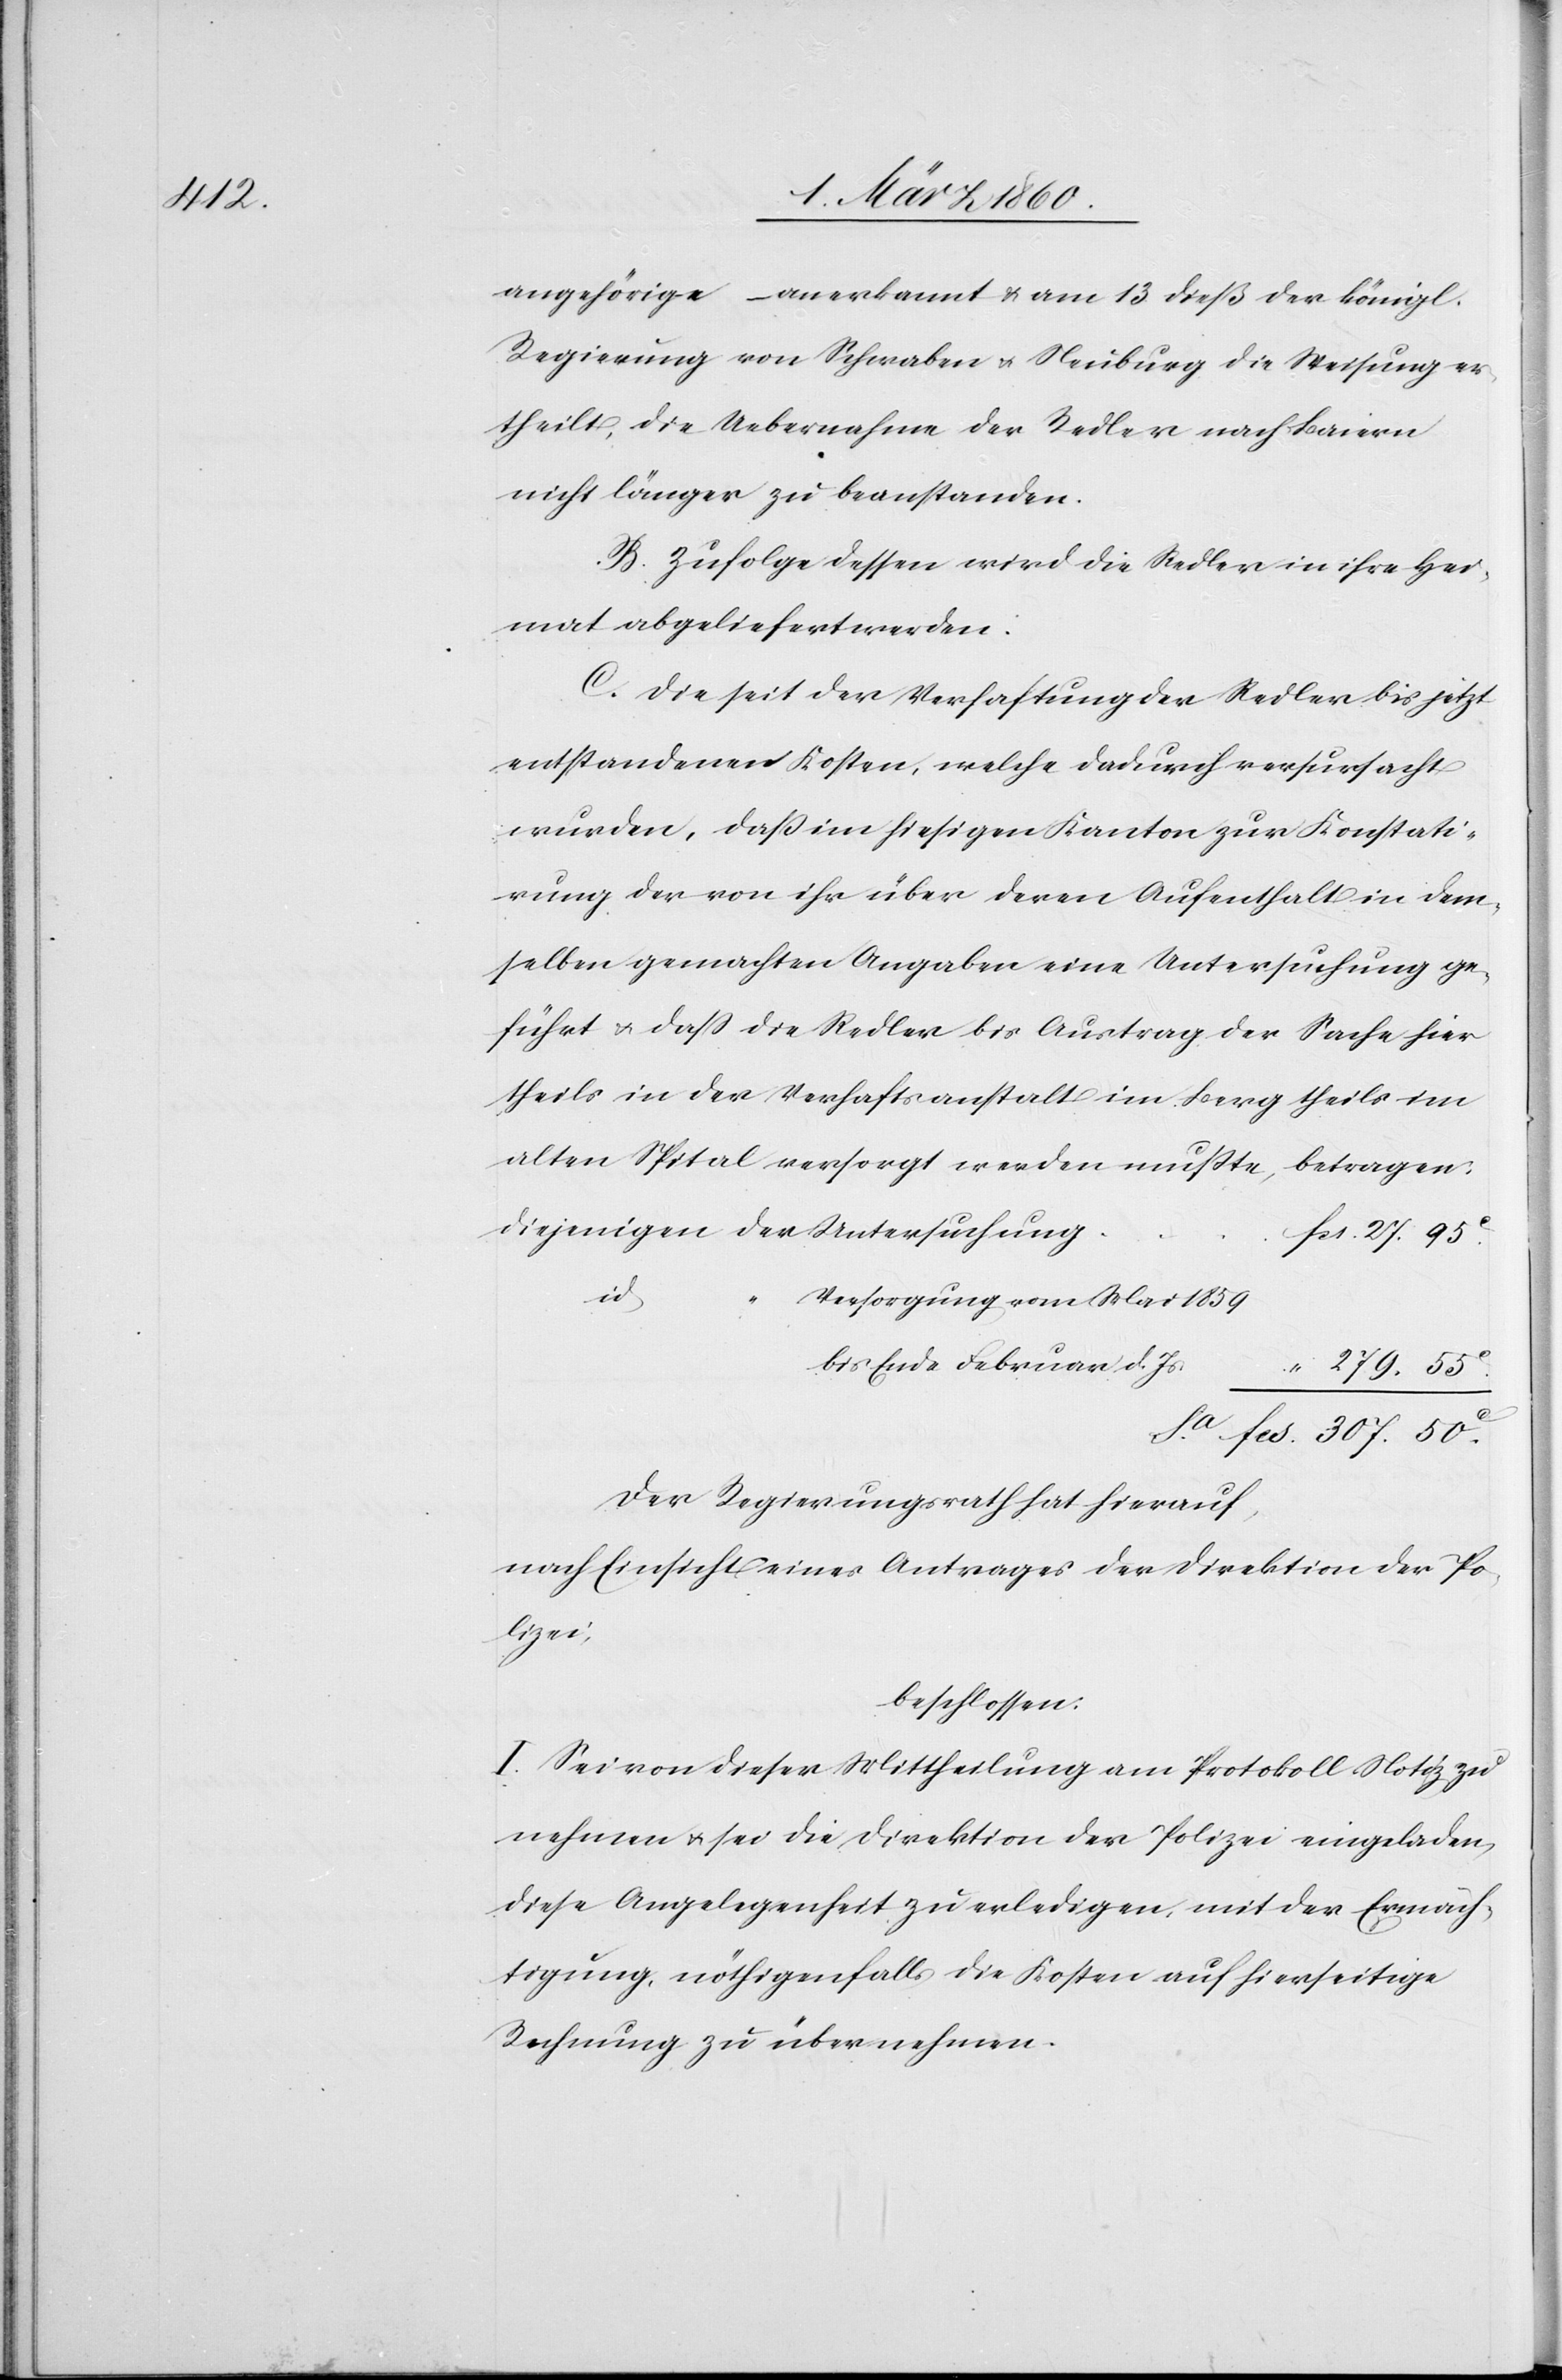
angehörige –anerkannt u. am 13. dieß der königl.
Regierung von Schwaben u. Neuburg die Weisung er¬
theilt, die Uebernahme der Redler nach Baiern
nicht länger zu beanstanden.
B. Zufolge dessen wird die Redler in ihre Hei¬
mat abgeliefert werden:
C. Die seit der Verhaftung der Redler bis jetzt
entstandenen Kosten, welche dadurch verursacht
wurden, dass im hiesigen Kanton zur Konstati¬
rung der von ihr über deren Aufenthalt in dem¬
selben gemachten Angaben eine Untersuchung ge¬
führt u. dass die Redler bis Austrag der Sache hier
theils in der Verhaftsanstalt in Berg theils im
alten Spital versorgt werden musste,
betragen
fcs.
Versorgung von Mai 1859
bis Ende Februar d. Js.
Der Regierungsrath hat hierauf,
nach Einsicht eines Antrages der Direktion der Po¬
lizei,
beschlossen:
I. Sei von dieser Mittheilung am Protokoll Notiz zu
nehmen u. sei die Direktion der Polizei eingeladen,
diese Angelegenheit zu erledigen, mit der Ermäch¬
tigung, nöthigenfalls die Kosten auf hierseitige
Rechnung zu übernehmen.